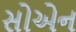
સોએન